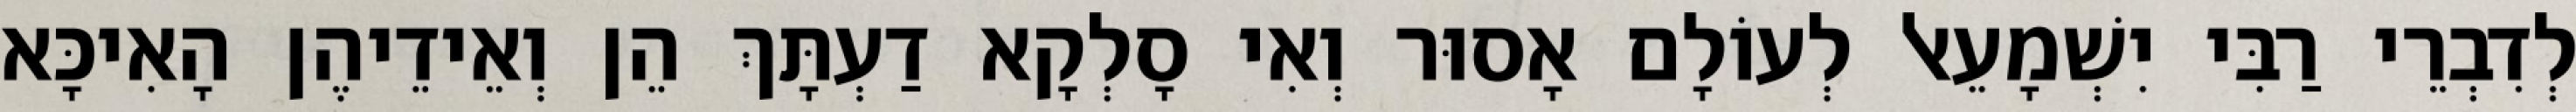
לְדִבְרֵי רַבִּי יִשְׁמָעֵאל לְעוֹלָם אָסוּר וְאִי סָלְקָא דַעְתָּךְ הֵן וְאֵידֵיהֶן הָאִיכָּא